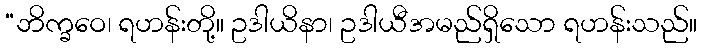
“ဘိက္ခဝေ၊ ရဟန်းတို့။ ဥဒါယိနာ၊ ဥဒါယီအမည်ရှိသော ရဟန်းသည်။